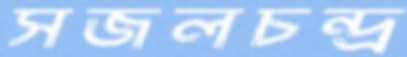
সজলচন্দ্র